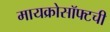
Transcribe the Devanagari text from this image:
मायक्रोसॉफ्टची